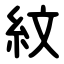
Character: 紋